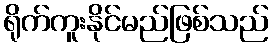
ရိုက်ကူးနိုင်မည်ဖြစ်သည်